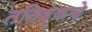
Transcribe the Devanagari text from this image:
तनिष्कचे